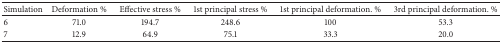
<table><thead><tr><td><b>Simulation</b></td><td><b>Deformation %</b></td><td><b>Effective stress %</b></td><td><b>1st principal stress %</b></td><td><b>1st principal deformation. %</b></td><td><b>3rd principal deformation. %</b></td></tr></thead><tbody><tr><td>6</td><td>71.0</td><td>194.7</td><td>248.6</td><td>100</td><td>53.3</td></tr><tr><td>7</td><td>12.9</td><td>64.9</td><td>75.1</td><td>33.3</td><td>20.0</td></tr></tbody></table>